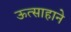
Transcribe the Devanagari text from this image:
ऊत्साहाने